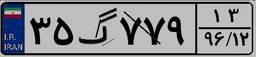
۵۶گ۸۷۳۳۶